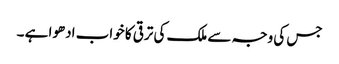
جس کی وجہ سے ملک کی ترقی کا خواب ادھوا ہے ۔